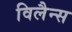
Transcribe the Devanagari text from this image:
विलैन्स